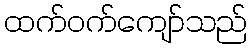
ထက်ဝက်ကျော်သည်